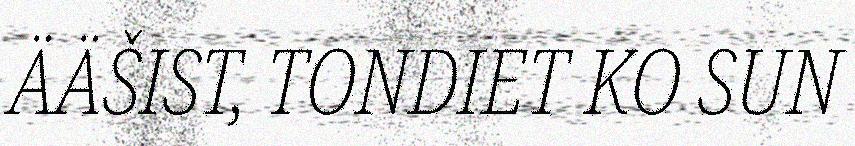
ÄÄŠIST, TONDIET KO SUN